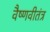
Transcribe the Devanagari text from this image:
वैष्णवीतंत्र